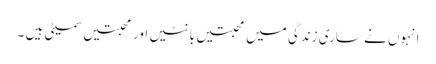
انہوں نے ساری زندگی میں محبتیں بانٹیں اور محبتیں سمیٹی ہیں ۔